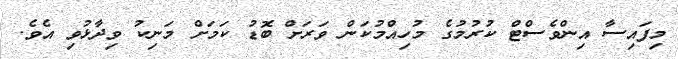
މިފައިސާ އިންވެސްޓް ކުރުމުގެ މުހިއްމުކަން ވަރަށް ބޮޑު ކަމަށް މަނިކު ވިދާޅުވި އެވެ.